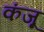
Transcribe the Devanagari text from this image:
कंजू